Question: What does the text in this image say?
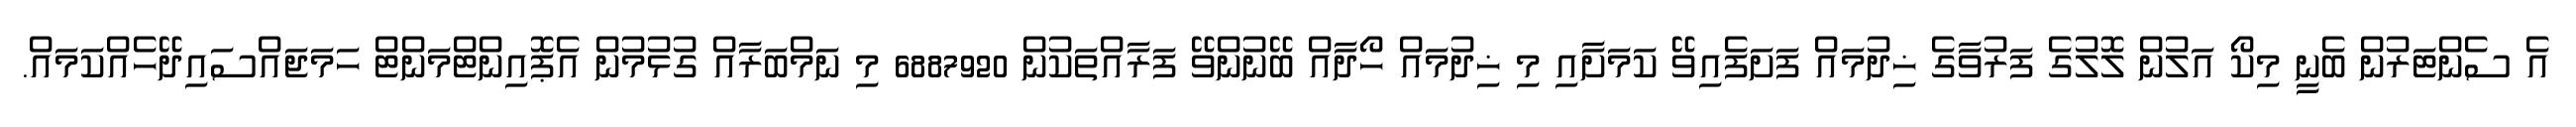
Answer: އެ ސެންޓަރުން ބެނީ މިކޯ އަލުން ލޮލުގެ ފަރުވާގެ ޚިދުމައް ފަށަފެއިވޭ ކަމަށާއި މި ޚިދުމައް ހޯދާއް ބޭނުންވޭ ފަރާއްތަކުން 6887920 މި ނަމްބަރާއް ގުޅުމުން އެޕޮއިންޓްމަންޓް ހަމަޖައްސައިދޭހެއްކަމައް.